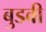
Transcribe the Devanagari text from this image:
बुडवी